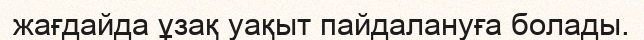
жағдайда ұзақ уақыт пайдалануға болады.